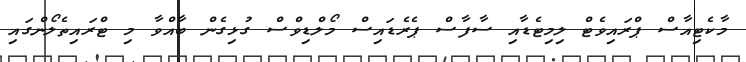
މާކެޓިއާސް ޕްރައިވެޓް ލިމިޓެޑާއި ސާފާސް ޕެރެޑައިސް މޯލްޑިވްސް ގުޅިގެން ބާއްވާ މި ޓްރައިތެލޯންގައި